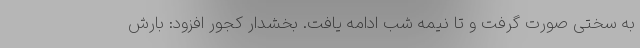
به سختی صورت گرفت و تا نیمه شب ادامه یافت. بخشدار کجور افزود: بارش